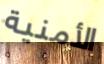
الأمنية